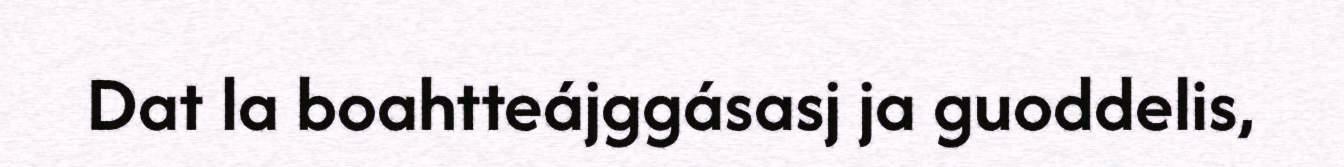
Dat la boahtteájggásasj ja guoddelis,